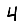
Digit: 4